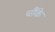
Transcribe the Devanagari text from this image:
चौंके